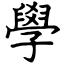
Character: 學